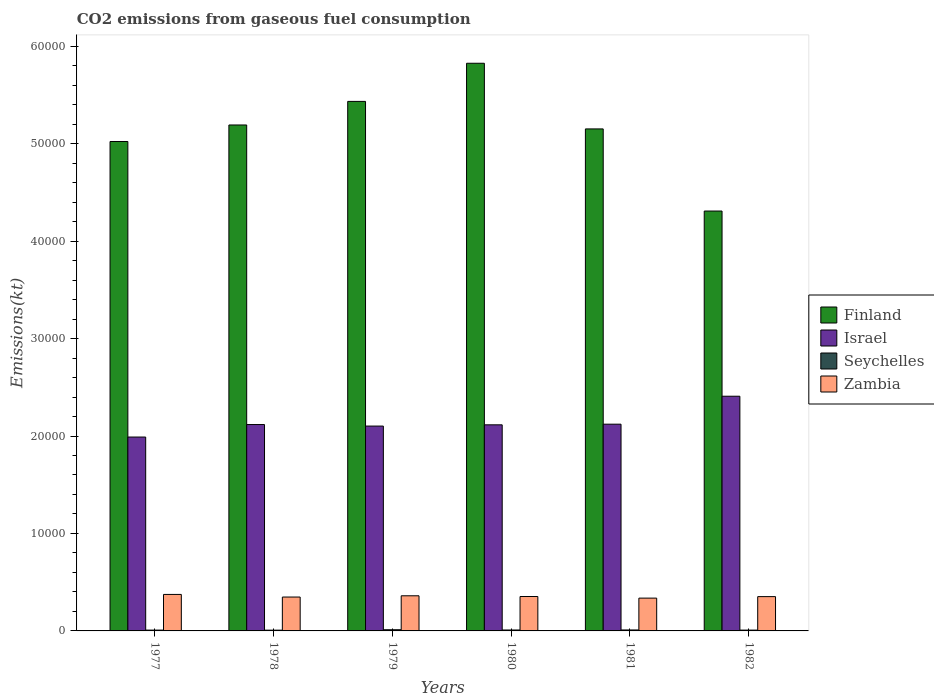
| Years | Finland | Israel | Seychelles | Zambia |
 | --- | --- | --- | --- | --- |
 | 1977 | 5.02e+04 | 1.99e+04 | 84.3 | 3.74e+03 |
 | 1978 | 5.19e+04 | 2.12e+04 | 77 | 3.48e+03 |
 | 1979 | 5.43e+04 | 2.1e+04 | 121 | 3.6e+03 |
 | 1980 | 5.82e+04 | 2.11e+04 | 95.3 | 3.53e+03 |
 | 1981 | 5.15e+04 | 2.12e+04 | 99 | 3.37e+03 |
 | 1982 | 4.31e+04 | 2.41e+04 | 84.3 | 3.52e+03 |